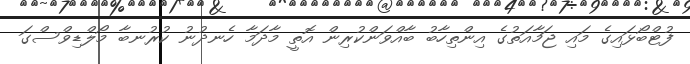
ފުޓްބޯޅައިގެ މައި ޖަމާއަތުގެ އިންތިހާބު ބާއްވަންކުރިން އޮތީ މާދަމާ ހެނދުނު ކުރުނބާ މޯލްޑިވްސްގަ